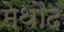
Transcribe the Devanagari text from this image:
मेथौद